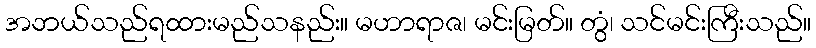
အဘယ်သည်ရထားမည်သနည်း။ မဟာရာဇ၊ မင်းမြတ်။ တွံ၊ သင်မင်းကြီးသည်။